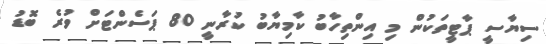
ސިޔާސީ ޕާޓީތަކުން މި އިންތިހާބު ކާމިޔާބު ކުރާނީ 80 ޕަސެންޓަށް ވުރެ ބޮޑު